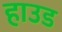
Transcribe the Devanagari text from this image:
हाउड